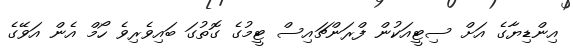
އިންޑިޔާގެ އަށް ސިޓީއަކުން ފްރަންޗައިސް ޓީމުގެ ގޮތުގަ ބައިވެރިވެ ހޯމް އެން އަވޭގެ